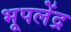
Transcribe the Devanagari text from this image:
भूपलेंद्र